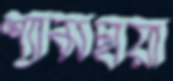
শ্যামছায়া